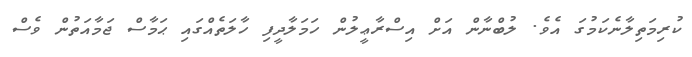
ކުރިމަތިލާނެކަމުގަ އެވެ. ލުބްނާން އަށް އިސްރާޢީލުން ހަމަލާދީފި ހާލަތެއްގައި ޙަމާސް ޖަމާއަތުން ވެސް